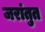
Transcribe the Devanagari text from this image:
जरांतुत